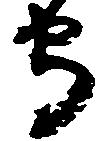
守